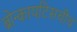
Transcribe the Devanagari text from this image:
ब्रोन्कायटिसचीच